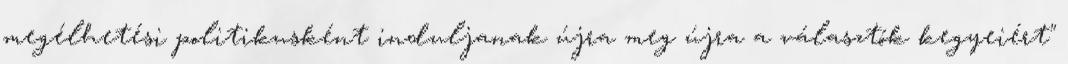
megélhetési politikusként induljanak újra meg újra a választók kegyeiért"